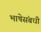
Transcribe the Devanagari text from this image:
भाषेसंबधीं